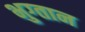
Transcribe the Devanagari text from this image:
भुग्तान